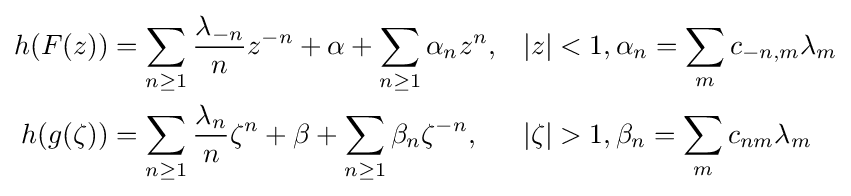
{\begin{aligned}h(F(z))&=\sum _{n\geq 1}{\frac {\lambda _{-n}}{n}}z^{-n}+\alpha +\sum _{n\geq 1}\alpha _{n}z^{n},&&|z|<1,\alpha _{n}=\sum _{m}c_{-n,m}\lambda _{m}\\h(g(\zeta ))&=\sum _{n\geq 1}{\frac {\lambda _{n}}{n}}\zeta ^{n}+\beta +\sum _{n\geq 1}\beta _{n}\zeta ^{-n},&&|\zeta |>1,\beta _{n}=\sum _{m}c_{nm}\lambda _{m}\end{aligned}}